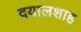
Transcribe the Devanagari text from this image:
दयालशाह